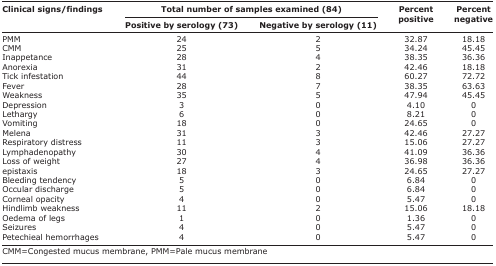
| <ROWSPAN=3> Clinical signs/findings | <COLSPAN=2> Total number of samples examined (84) | <ROWSPAN=3> Percent positive | <ROWSPAN=3> Percent negative |
 | Positive by serology (73) | Negative by serology (11) |
 | --- | --- | --- | --- | --- |
 | PMM | 24 | 2 | 32.87 | 18.18 |
 | CMM | 25 | 5 | 34.24 | 45.45 |
 | Inappetance | 28 | 4 | 38.35 | 36.36 |
 | Anorexia | 31 | 2 | 42.46 | 18.18 |
 | Tick infestation | 44 | 8 | 60.27 | 72.72 |
 | Fever | 28 | 7 | 38.35 | 63.63 |
 | Weakness | 35 | 5 | 47.94 | 45.45 |
 | Depression | 3 | 0 | 4.10 | 0 |
 | Lethargy | 6 | 0 | 8.21 | 0 |
 | Vomiting | 18 | 0 | 24.65 | 0 |
 | Melena | 31 | 3 | 42.46 | 27.27 |
 | Respiratory distress | 11 | 3 | 15.06 | 27.27 |
 | Lymphadenopathy | 30 | 4 | 41.09 | 36.36 |
 | Loss of weight | 27 | 4 | 36.98 | 36.36 |
 | epistaxis | 18 | 3 | 24.65 | 27.27 |
 | Bleeding tendency | 5 | 0 | 6.84 | 0 |
 | Occular discharge | 5 | 0 | 6.84 | 0 |
 | Corneal opacity | 4 | 0 | 5.47 | 0 |
 | Hindlimb weakness | 11 | 2 | 15.06 | 18.18 |
 | Oedema of legs | 1 | 0 | 1.36 | 0 |
 | Seizures | 4 | 0 | 5.47 | 0 |
 | Petechieal hemorrhages | 4 | 0 | 5.47 | 0 |